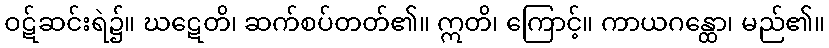
ဝဋ်ဆင်းရဲ၌။ ဃဋေတိ၊ ဆက်စပ်တတ်၏။ ဣတိ၊ ကြောင့်။ ကာယဂန္ထော၊ မည်၏။